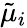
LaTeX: \tilde{\mu}_{i}